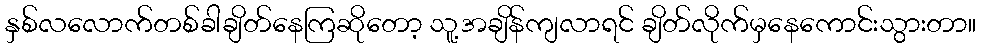
နှစ်လလောက်တစ်ခါချိတ်နေကြဆိုတော့ သူ့အချိန်ကျလာရင် ချိတ်လိုက်မှနေကောင်းသွားတာ။